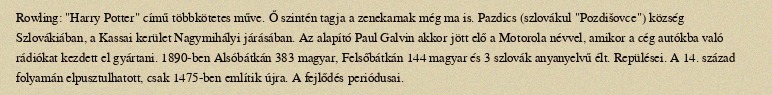
Rowling: "Harry Potter" című többkötetes műve. Ő szintén tagja a zenekarnak még ma is. Pazdics (szlovákul "Pozdišovce") község Szlovákiában, a Kassai kerület Nagymihályi járásában. Az alapító Paul Galvin akkor jött elő a Motorola névvel, amikor a cég autókba való rádiókat kezdett el gyártani. 1890-ben Alsóbátkán 383 magyar, Felsőbátkán 144 magyar és 3 szlovák anyanyelvű élt. Repülései. A 14. század folyamán elpusztulhatott, csak 1475-ben említik újra. A fejlődés periódusai.